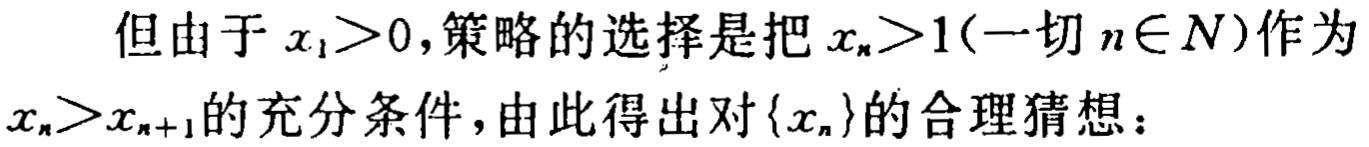
但由于 \(x_{1}>0\)，策略的选择是把 \(x_{n}>1(\text{一切 }n\in N)\)作为 \(x_{n}>x_{n + 1}\)的充分条件，由此得出对 \(\{x_{n}\}\)的合理猜想：